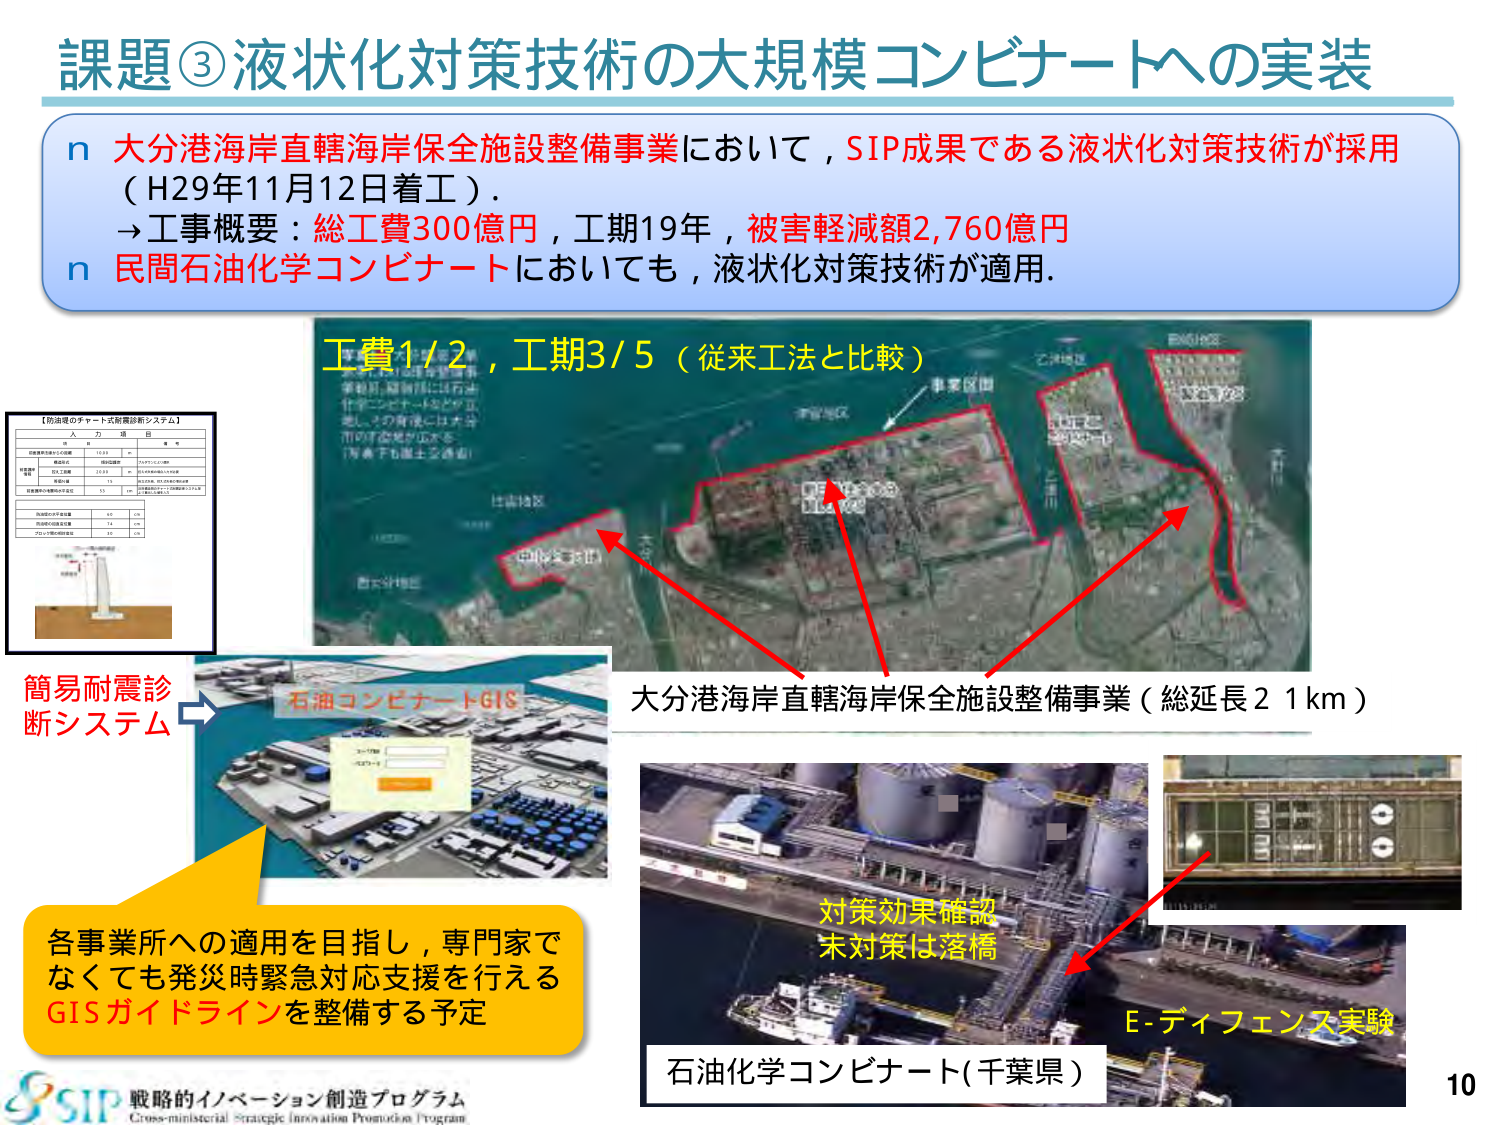
課題③液状化対策技術の大規模コンビナートへの実装

n 大分港海岸直轄海岸保全施設整備事業において，SIP成果である液状化対策技術が採用（H29年11月12日着工）．
→工事概要：総工費300億円，工期19年，被害軽減額2,760億円
n 民間石油化学コンビナートにおいても，液状化対策技術が適用．

工費1/2，工期3/5（従来工法と比較）

【防油堤のチャート式耐震診断システム】
入力項目
対象構造物の種類
防油堤
構造形式
RC構造
設計地震動
JIS Z 8100-1
設計地震動の種類
水平動
対象構造物の規模
長さ
100m
幅
10m
高さ
10m
基礎地盤の種類
砂質地盤
地盤の液状化判定
液状化
液状化判定の根拠
N値＜15
液状化対策の有無
有
対策方法
E-ディフェンス

簡易耐震診断システム

大分港海岸直轄海岸保全施設整備事業（総延長21km）

各事業所への適用を目指し，専門家でなくても発災時緊急対応支援を行えるGISガイドラインを整備する予定

対策効果確認
未対策は落橋

E-ディフェンス実験

石油化学コンビナート（千葉県）

SIP 戦略的イノベーション創造プログラム
Cross-ministerial Strategic Innovation Promotion Program

10